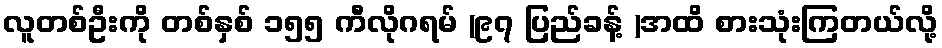
လူတစ်ဦးကို တစ်နှစ် ၁၅၅ ကီလိုဂရမ် (၉၇ ပြည်ခန့် )အထိ စားသုံးကြတယ်လို့